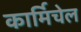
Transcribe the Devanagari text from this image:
कार्मिचेल